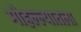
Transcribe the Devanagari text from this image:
मोहल्ल्यातला